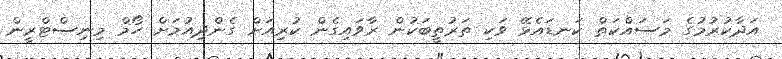
އަދާކުރުމުގެ މަސައްކަތް ކަނޑައެޅޭ ވަކި ތަރުތީބަކުން ރާވައިގެން ކުރިއަށް ގެންދިއުމަށް ހޯމް މިނިސްޓްރީން